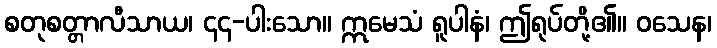
စတုစတ္တာလီသာယ၊ ၄၄-ပါးသော။ ဣမေသံ ရူပါနံ၊ ဤရုပ်တို့၏။ ဝသေန၊